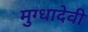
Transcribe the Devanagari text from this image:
मुग्धादेवी